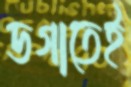
ডগাতেই